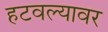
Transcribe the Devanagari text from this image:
हटवल्यावर